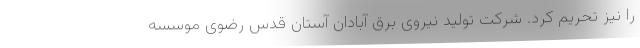
را نیز تحریم کرد. شرکت تولید نیروی برق آبادان آستان قدس رضوی موسسه